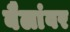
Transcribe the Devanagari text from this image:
बैलांवर